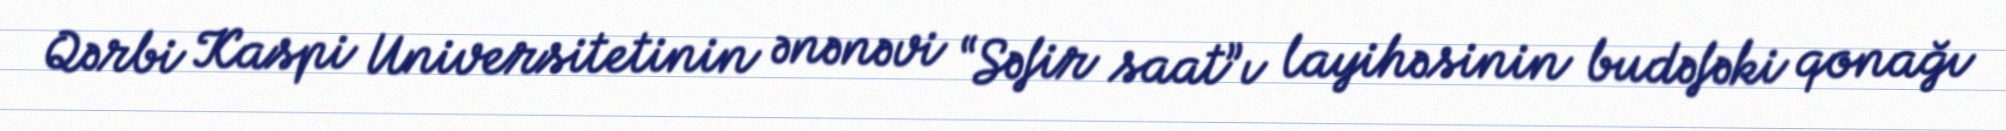
Qərbi Kaspi Universitetinin ənənəvi “Səfir saat”ı layihəsinin budəfəki qonağı